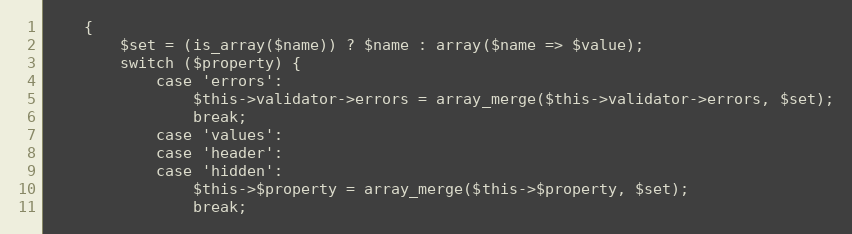
Language: PHP
    {
        $set = (is_array($name)) ? $name : array($name => $value);
        switch ($property) {
            case 'errors':
                $this->validator->errors = array_merge($this->validator->errors, $set);
                break;
            case 'values':
            case 'header':
            case 'hidden':
                $this->$property = array_merge($this->$property, $set);
                break;